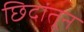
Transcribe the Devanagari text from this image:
छिदांतून